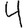
Digit: 4